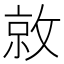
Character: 𫿀